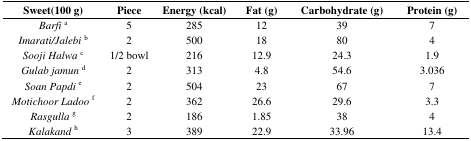
| Sweet(100 g) | Piece | Energy (kcal) | Fat (g) | Carbohydrate (g) | Protein (g) |
 | --- | --- | --- | --- | --- | --- |
 | Barfia | 5 | 285 | 12 | 39 | 7 |
 | Imarati/Jalebib | 2 | 500 | 18 | 80 | 4 |
 | Sooji Halwac | 1/2 bowl | 216 | 12.9 | 24.3 | 1.9 |
 | Gulab jamund | 2 | 313 | 4.8 | 54.6 | 3.036 |
 | Soan Papdie | 2 | 504 | 23 | 67 | 7 |
 | Motichoor Ladoof | 2 | 362 | 26.6 | 29.6 | 3.3 |
 | Rasgullag | 2 | 186 | 1.85 | 38 | 4 |
 | Kalakandh | 3 | 389 | 22.9 | 33.96 | 13.4 |